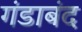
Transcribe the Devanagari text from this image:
गंडाबंद